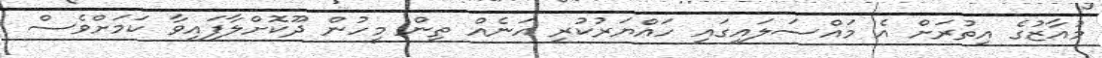
މުއާޒުގެ އިތުރަށް އެ މައްސަލައިގައި ހައްޔަރުކުރި އަނެއް ތިން މީހުން ދޫކޮށްލާފައިވާ ކަމަށްވެސް